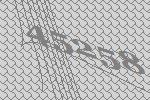
45258